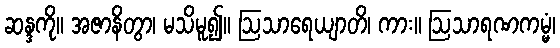
ဆန္ဒကို။ အဇာနိတွာ၊ မသိမူ၍။ ဩသာရေယျာတိ၊ ကား။ ဩသာရဏကမ္မံ၊